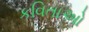
કવિતાઓ